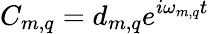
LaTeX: C_{m,q}=d_{m,q}e^{i\omega_{m,q}t}